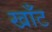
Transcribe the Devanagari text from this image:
खाँट